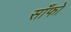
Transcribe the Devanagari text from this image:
साँफो